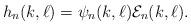
LaTeX: \begin{align*}h_n(k, \ell) = \psi_n(k,\ell)\mathcal{E}_n(k, \ell).\end{align*}